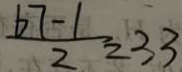
\frac { b 7 - 1 } { 2 } = 3 3